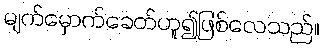
မျက်မှောက်ခေတ်ဟူ၍ဖြစ်လေသည်။